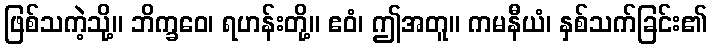
ဖြစ်သကဲ့သို့။ ဘိက္ခဝေ၊ ရဟန်းတို့။ ဧဝံ၊ ဤအတူ။ ကမနီယံ၊ နှစ်သက်ခြင်း၏